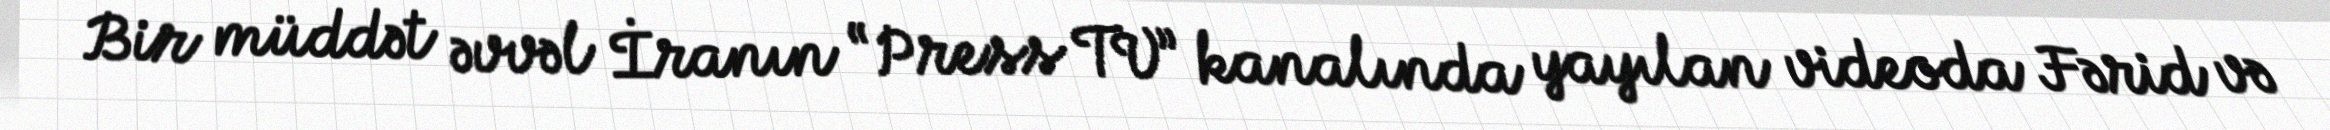
Bir müddət əvvəl İranın “Press TV” kanalında yayılan videoda Fərid və